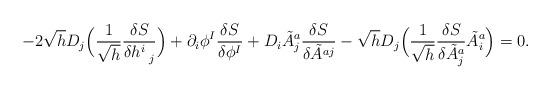
LaTeX: \begin{align*}-2 \sqrt{h} D_{j} \Bigl(\frac{1}{\sqrt{h}} \frac{\delta S}{\delta h^{i}_{\hspace{0.5em} j}} \Bigr)+ \partial_{i} \phi^{I} \frac{\delta S}{\delta \phi^I}+D_{i} \tilde{A}^{a}_{j} \frac{\delta S}{\delta \tilde{A}^{a j}}- \sqrt{h} D_{j} \Bigl( \frac{1}{\sqrt{h}} \frac{\delta S}{\delta \tilde{A}^{a}_{j}} \tilde{A}^{a}_{i} \Bigr) = 0.\end{align*}